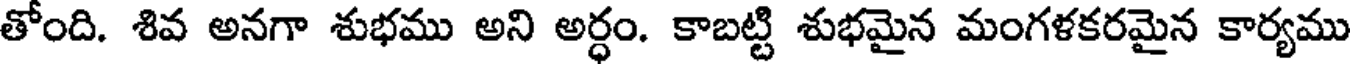
తోంది. శివ అనగా శుభము అని అర్ధం. కాబట్టి శుభమైన మంగళకరమైన కార్యము